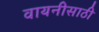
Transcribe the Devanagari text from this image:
वायनीसाठी